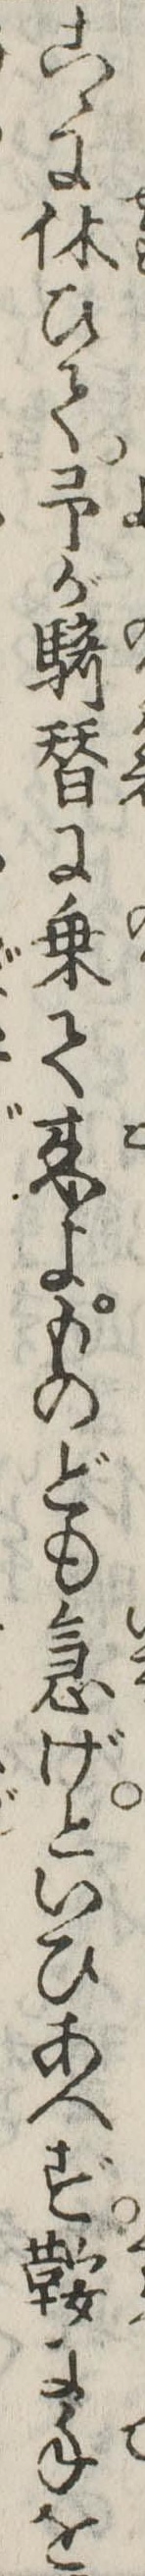
こゝに休ひて予が騎替に乗て来よものども急げといひあへず鞍に手を